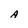
Character: A